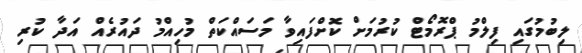
ލިބުމުގައި ފިލްމު ޕްރޮމޯޓް ކުރުމަށް ކޮށްފައިވާ މަސައްކަތް މުހިއްމު ދައުރެއް އަދާ ކުރި